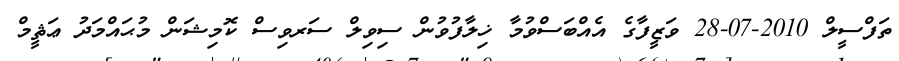
ތަފްސީލް 2010-07-28 ވަޒީފާގެ އެއްބަސްވުމާ ޚިލާފުވުން ސިވިލް ސަރވިސް ކޮމިޝަން މުޙައްމަދު ޢަޘީމް